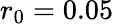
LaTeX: r_{0}=0.05